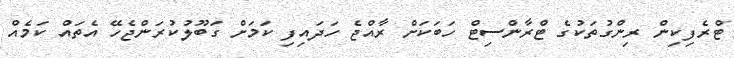
ޓްރެފިކިން ރިންގުތަކުގެ ޓްރާންސިޓް ހަބަކަށް ރާއްޖެ ހަދައިފި ކަމަށް ގަބޫލުކުރަންޖެހޭ އެތައް ކަމެއް